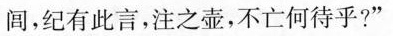
闾，纪有此言，注之壶，不亡何待乎?”